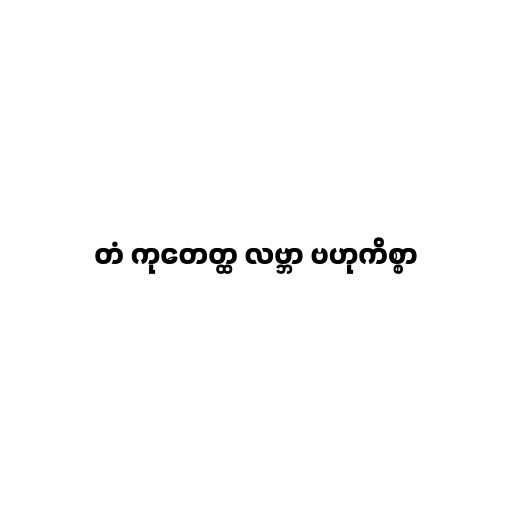
တံ ကုတေတ္ထ လဗ္ဘာ ဗဟုကိစ္စာ